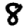
Digit: 8